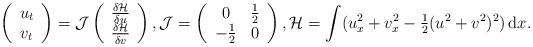
LaTeX: \begin{align*}\left(\begin{array}{c}u_t\\v_t\end{array}\right)=\mathcal{J}\left(\begin{array}{c}\frac{\delta \mathcal H}{\delta u}\\\frac{\delta \mathcal H}{\delta v}\end{array}\right),\mathcal{J}=\left(\begin{array}{cc}0 & \tfrac{1}2\\-\tfrac{1}2 & 0\end{array}\right),\mathcal{H}=\int (u_x^2+v_x^2-\tfrac{1}2(u^2+v^2)^2)\,\mathrm{d}x.\end{align*}